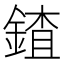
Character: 𨩨